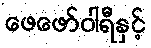
ဖေဖော်ဝါရီနှင့်